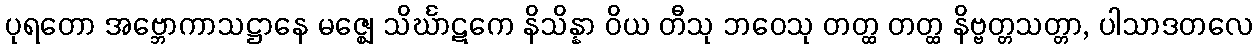
ပုရတော အဗ္ဘောကာသဋ္ဌာနေ မဇ္ဈေ သိင်္ဃာဋကေ နိသိန္နာ ဝိယ တီသု ဘဝေသု တတ္ထ တတ္ထ နိဗ္ဗတ္တသတ္တာ, ပါသာဒတလေ